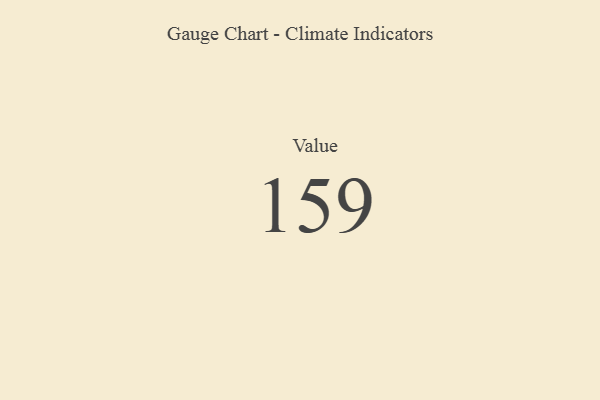
{"axis": {"x": "Metric", "y": "Value"}, "legend": [""], "data": [{"x": "Value", "y": 159, "type": ""}]}